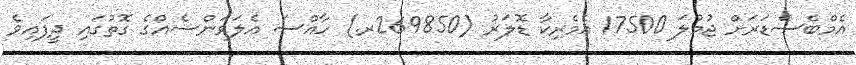
އެމްބެސެޑަރަށް ޖުމުލަ 17500 އެމެރިކާ ޑޮލަރު (269850ރ.) ހާއްސަ އެލަވަންސެއްގެ ގޮތުގައި ދީފައިވެ